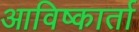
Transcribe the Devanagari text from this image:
आविष्कार्ता